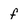
Character: f